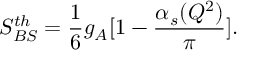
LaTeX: S _ { B S } ^ { t h } = \frac { 1 } { 6 } g _ { A } [ 1 - \frac { \alpha _ { s } ( Q ^ { 2 } ) } { \pi } ] .